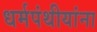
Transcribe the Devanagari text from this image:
धर्मपंथीयांना